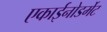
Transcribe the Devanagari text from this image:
एकाईनोडर्मेट